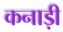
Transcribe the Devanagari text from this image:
कनाड़ी